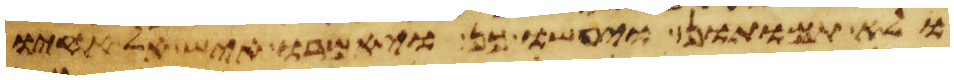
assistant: ולא תמותון ויעשו כן ויאמרו איש אל אחיו